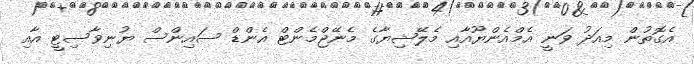
އެގޮތުން މިއަދު ވަނީ އެމްއެންޔޫއާއި މެލޭޝިޔާގެ މެނޭޖްމެންޓް އެންޑް ސައިންސް ޔުނިވާސިޓީ އާއި